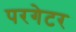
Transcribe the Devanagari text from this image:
परगेटर